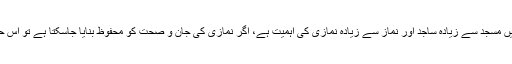
نورالحق قادری کا کہنا تھا کہ اسلام میں مسجد سے زیادہ ساجد اور نماز سے زیادہ نمازی کی اہمیت ہے، اگر نمازی کی جان و صحت کو محفوظ بنایا جاسکتا ہے تو اس حوالے سے اقدامات کیے جاسکتے ہیں۔